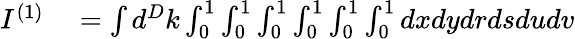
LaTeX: \begin{array}{rl}{I^{(1)}}&{{}=\int d^{D}k\int_{0}^{1}\int_{0}^{1}\int_{0}^{1}\int_{0}^{1}\int_{0}^{1}\int_{0}^{1}dxdydrdsdudv}\end{array}